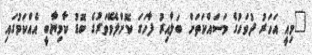
"މިއީ އަހަރު ދުވަހުގެ މަސައްކަތަށް ބަލާއިރު ފާހަގަ ކޮށްލެވޭވަރުގެ ބޮޑު ކާމިޔާބީ އެއްކަމުގައި